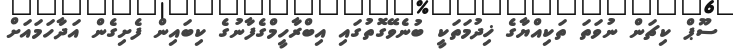
ސޫޕް ކިޗަން ނުވަތަ ތަކިއްޔާގެ ޚިދުމަތަކީ ބުނެވޭގޮތުގައި އިބްރާހީމްގެފާނުގެ ކިބައިން ފެށިގެން އަދާހަމައަށް